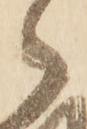
御